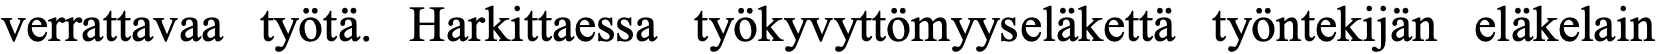
verrattavaa työtä. Harkittaessa työkyvyttömyyseläkettä työntekijän eläkelain